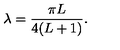
\lambda = \frac { \pi L } { 4 ( L + 1 ) } .